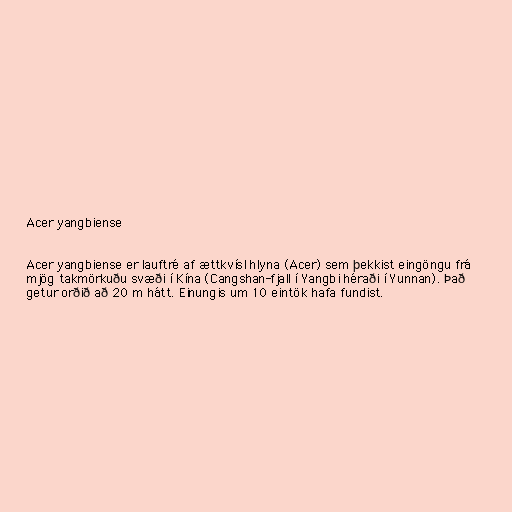
Acer yangbiense

Acer yangbiense er lauftré af ættkvísl hlyna (Acer) sem þekkist eingöngu frá
mjög takmörkuðu svæði í Kína (Cangshan-fjall í Yangbi héraði í Yunnan). Það
getur orðið að 20 m hátt. Einungis um 10 eintök hafa fundist.